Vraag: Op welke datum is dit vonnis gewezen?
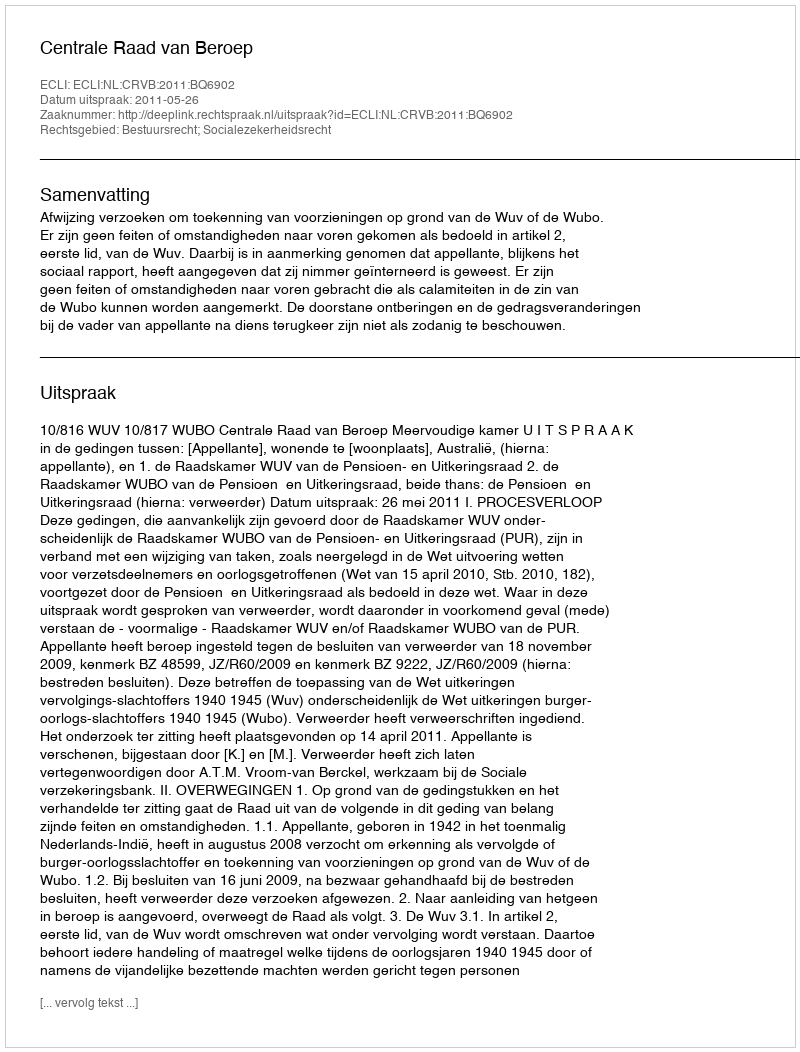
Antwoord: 2011-05-26